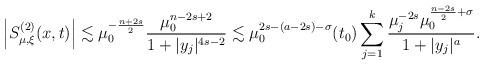
LaTeX: \begin{align*}\left|S^{(2)}_{\mu,\xi}(x, t)\right|\lesssim \mu_0^{-\frac{n+2s}{2}}\frac{\mu_0^{n-2s+2}}{1+|y_j|^{4s-2}}\lesssim \mu_0^{2s-(a-2s)-\sigma}(t_0)\sum_{j=1}^k\frac{\mu_j^{-2s}\mu_0^{\frac{n-2s}{2}+\sigma}}{1+|y_j|^{a}}.\end{align*}